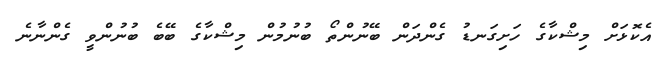
އެކޮޅަށް މިޝްކާގެ ހަށިގަނޑު ގެންދަން ބޭނުންތޯ ބުނުމުން މިޝްކާގެ ބޭބެ ބުނުންވީ ގެންނާނެ